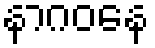
နာဂဝနေ